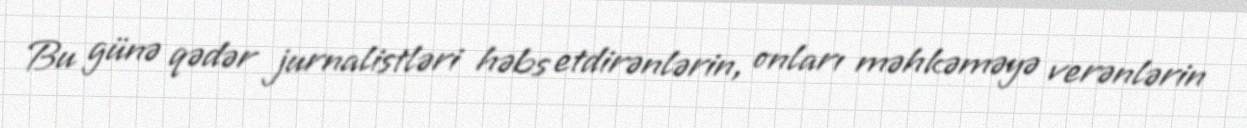
Bu günə qədər jurnalistləri həbs etdirənlərin, onları məhkəməyə verənlərin